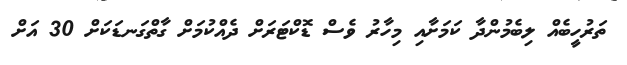
ތަރުހީބެއް ލިބެމުންދާ ކަމަށާއި މިހާރު ވެސް ޑޮކްޓަރަށް ދެއްކުމަށް ގާތްގަނޑަކަށް 30 އަށް